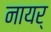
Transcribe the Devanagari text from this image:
नायर्